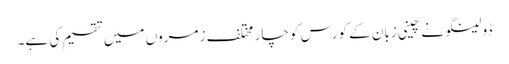
ڈولینگو نے چینی زبان کے کورس کو چار مختلف زمروں میں تقسیم کی ہے۔